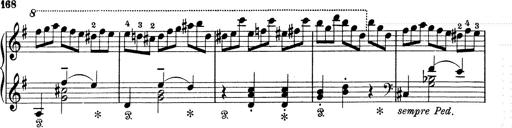
Title: 6 Polish Songs
Composer: Franz Liszt